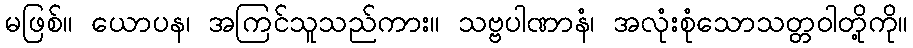
မဖြစ်။ ယောပန၊ အကြင်သူသည်ကား။ သဗ္ဗပါဏာနံ၊ အလုံးစုံသောသတ္တဝါတို့ကို။